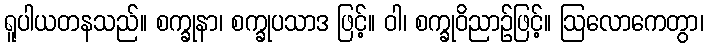
ရူပါယတနသည်။ စက္ခုနာ၊ စက္ခုပသာဒ ဖြင့်။ ဝါ၊ စက္ခုဝိညာဉ်ဖြင့်။ ဩလောကေတွာ၊